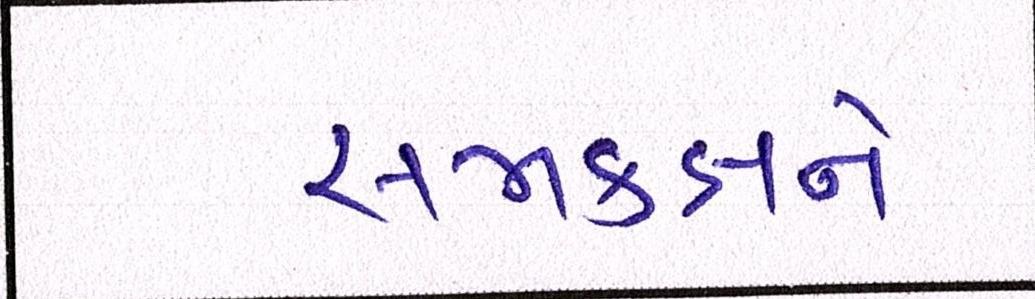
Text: સમકક્ષને